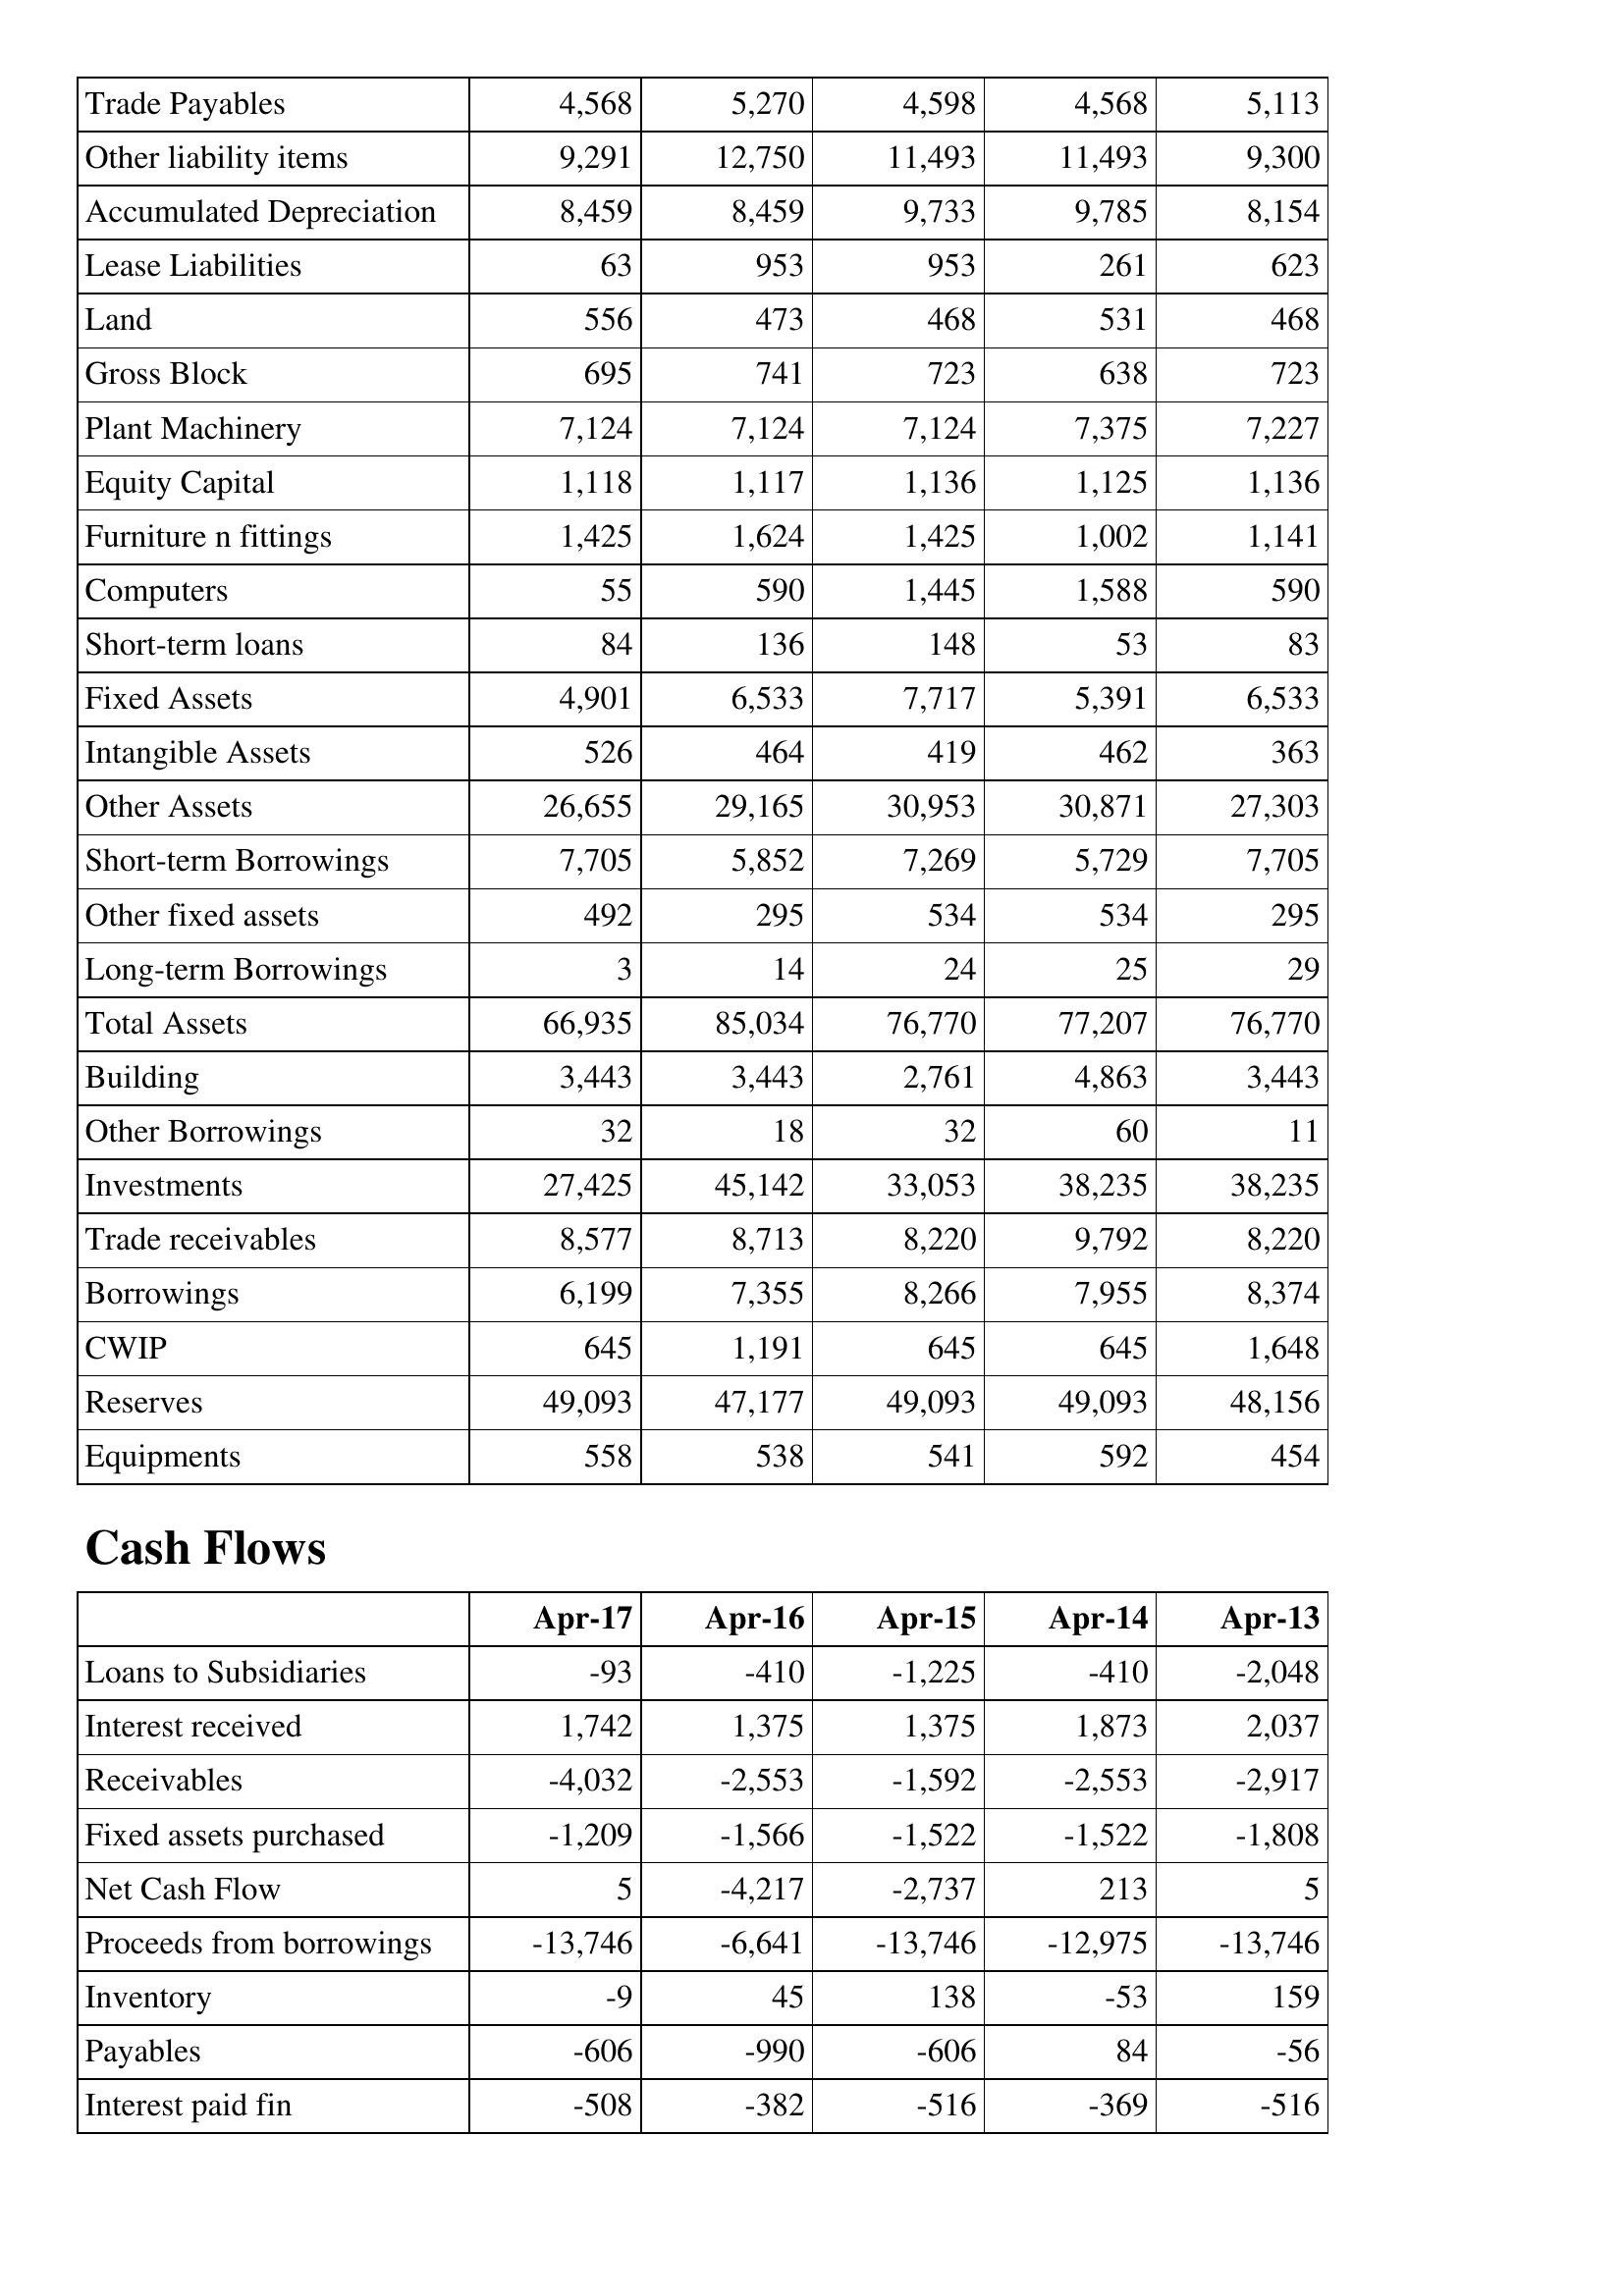
Apr-17: Balance Sheet: Trade Payables: 4,568
Other liability items: 9,291
Accumulated Depreciation: 8,459
Lease Liabilities: 63
Land: 556
Gross Block: 695
Plant Machinery: 7,124
Equity Capital: 1,118
Furniture n fittings: 1,425
Computers: 55
Short-term loans: 84
Fixed Assets: 4,901
Intangible Assets: 526
Other Assets: 26,655
Short-term Borrowings: 7,705
Other fixed assets: 492
Long-term Borrowings: 3
Total Assets: 66,935
Building: 3,443
Other Borrowings: 32
Investments: 27,425
Trade receivables: 8,577
Borrowings: 6,199
CWIP: 645
Reserves: 49,093
Equipments: 558
Cash Flows: Loans to Subsidiaries: -93
Interest received: 1,742
Receivables: -4,032
Fixed assets purchased: -1,209
Net Cash Flow: 5
Proceeds from borrowings: -13,746
Inventory: -9
Payables: -606
Interest paid fin: -508
Apr-16: Balance Sheet: Trade Payables: 5,270
Other liability items: 12,750
Accumulated Depreciation: 8,459
Lease Liabilities: 953
Land: 473
Gross Block: 741
Plant Machinery: 7,124
Equity Capital: 1,117
Furniture n fittings: 1,624
Computers: 590
Short-term loans: 136
Fixed Assets: 6,533
Intangible Assets: 464
Other Assets: 29,165
Short-term Borrowings: 5,852
Other fixed assets: 295
Long-term Borrowings: 14
Total Assets: 85,034
Building: 3,443
Other Borrowings: 18
Investments: 45,142
Trade receivables: 8,713
Borrowings: 7,355
CWIP: 1,191
Reserves: 47,177
Equipments: 538
Cash Flows: Loans to Subsidiaries: -410
Interest received: 1,375
Receivables: -2,553
Fixed assets purchased: -1,566
Net Cash Flow: -4,217
Proceeds from borrowings: -6,641
Inventory: 45
Payables: -990
Interest paid fin: -382
Apr-15: Balance Sheet: Trade Payables: 4,598
Other liability items: 11,493
Accumulated Depreciation: 9,733
Lease Liabilities: 953
Land: 468
Gross Block: 723
Plant Machinery: 7,124
Equity Capital: 1,136
Furniture n fittings: 1,425
Computers: 1,445
Short-term loans: 148
Fixed Assets: 7,717
Intangible Assets: 419
Other Assets: 30,953
Short-term Borrowings: 7,269
Other fixed assets: 534
Long-term Borrowings: 24
Total Assets: 76,770
Building: 2,761
Other Borrowings: 32
Investments: 33,053
Trade receivables: 8,220
Borrowings: 8,266
CWIP: 645
Reserves: 49,093
Equipments: 541
Cash Flows: Loans to Subsidiaries: -1,225
Interest received: 1,375
Receivables: -1,592
Fixed assets purchased: -1,522
Net Cash Flow: -2,737
Proceeds from borrowings: -13,746
Inventory: 138
Payables: -606
Interest paid fin: -516
Apr-14: Balance Sheet: Trade Payables: 4,568
Other liability items: 11,493
Accumulated Depreciation: 9,785
Lease Liabilities: 261
Land: 531
Gross Block: 638
Plant Machinery: 7,375
Equity Capital: 1,125
Furniture n fittings: 1,002
Computers: 1,588
Short-term loans: 53
Fixed Assets: 5,391
Intangible Assets: 462
Other Assets: 30,871
Short-term Borrowings: 5,729
Other fixed assets: 534
Long-term Borrowings: 25
Total Assets: 77,207
Building: 4,863
Other Borrowings: 60
Investments: 38,235
Trade receivables: 9,792
Borrowings: 7,955
CWIP: 645
Reserves: 49,093
Equipments: 592
Cash Flows: Loans to Subsidiaries: -410
Interest received: 1,873
Receivables: -2,553
Fixed assets purchased: -1,522
Net Cash Flow: 213
Proceeds from borrowings: -12,975
Inventory: -53
Payables: 84
Interest paid fin: -369
Apr-13: Balance Sheet: Trade Payables: 5,113
Other liability items: 9,300
Accumulated Depreciation: 8,154
Lease Liabilities: 623
Land: 468
Gross Block: 723
Plant Machinery: 7,227
Equity Capital: 1,136
Furniture n fittings: 1,141
Computers: 590
Short-term loans: 83
Fixed Assets: 6,533
Intangible Assets: 363
Other Assets: 27,303
Short-term Borrowings: 7,705
Other fixed assets: 295
Long-term Borrowings: 29
Total Assets: 76,770
Building: 3,443
Other Borrowings: 11
Investments: 38,235
Trade receivables: 8,220
Borrowings: 8,374
CWIP: 1,648
Reserves: 48,156
Equipments: 454
Cash Flows: Loans to Subsidiaries: -2,048
Interest received: 2,037
Receivables: -2,917
Fixed assets purchased: -1,808
Net Cash Flow: 5
Proceeds from borrowings: -13,746
Inventory: 159
Payables: -56
Interest paid fin: -516